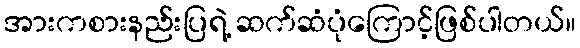
အားကစားနည်းပြရဲ့ ဆက်ဆံပုံကြောင့်ဖြစ်ပါတယ်။